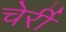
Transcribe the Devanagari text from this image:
चेर्री